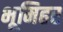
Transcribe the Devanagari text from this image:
भूमिहर